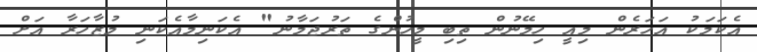
އެކަމަކު އަހަރެން މިއީ ހިމޭނުން ތިބި މީހުންގެ ތަރުޖަމާނު" އެކަނިމާއެކަނި މުޒާހަރާ އަށް